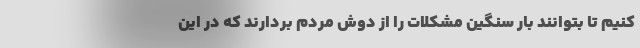
کنیم تا بتوانند بار سنگین مشکلات را از دوش مردم بردارند که در این